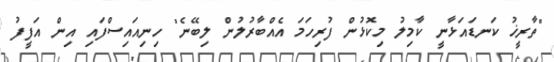
"ތާރީޚު ކަނޑައަޅާނީ ކާމިލު މިކޮޅުން ފުރިހަމަ އެއްބާރުލުން ލިބޭނެ" ހިނިއައިސްފައި އިން އަފީފު